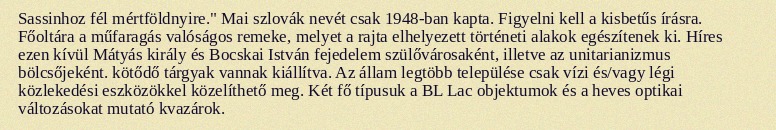
Sassinhoz fél mértföldnyire." Mai szlovák nevét csak 1948-ban kapta. Figyelni kell a kisbetűs írásra. Főoltára a műfaragás valóságos remeke, melyet a rajta elhelyezett történeti alakok egészítenek ki. Híres ezen kívül Mátyás király és Bocskai István fejedelem szülővárosaként, illetve az unitarianizmus bölcsőjeként. kötődő tárgyak vannak kiállítva. Az állam legtöbb települése csak vízi és/vagy légi közlekedési eszközökkel közelíthető meg. Két fő típusuk a BL Lac objektumok és a heves optikai változásokat mutató kvazárok.